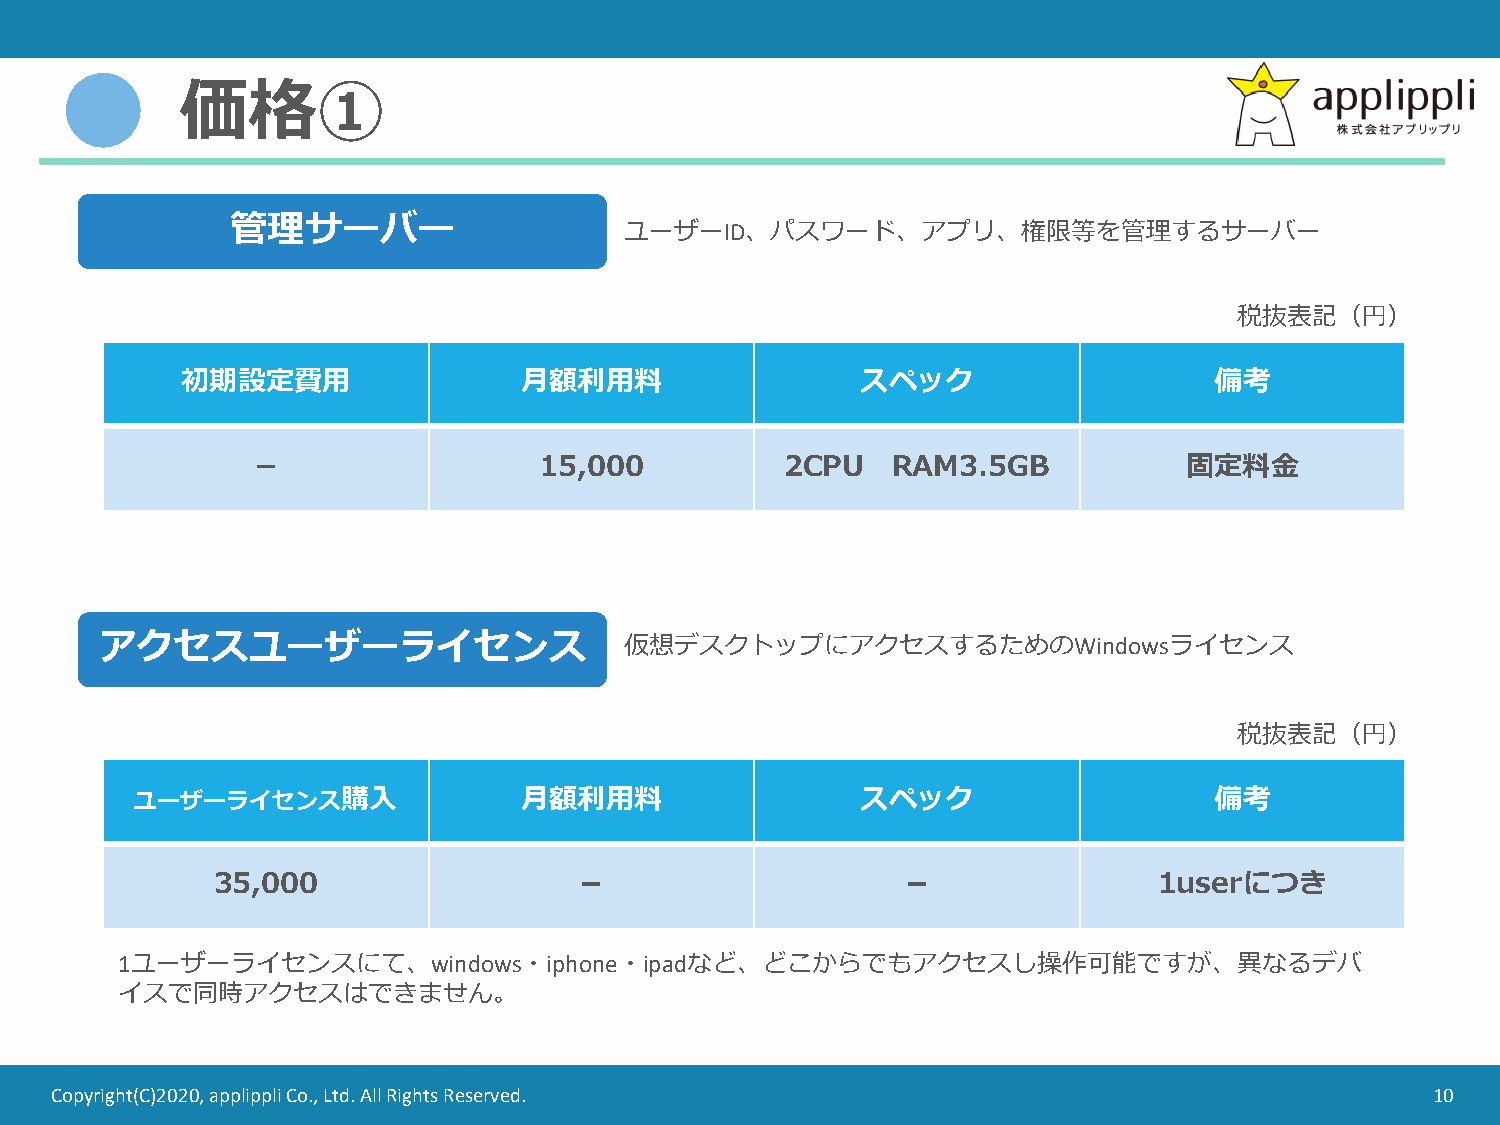
価格①
 管理サーバー
 ユーザーID、パスワード、アプリ、権限等を管理するサーバー
 税抜表記（円）
 初期設定費用                月額利用料                  スペック                   備考
 －                  15,000          2CPU   RAM3.5GB            固定料金
 アクセスユーザーライセンス                     仮想デスクトップにアクセスするためのWindowsライセンス
 税抜表記（円）
 ユーザーライセンス購入              月額利用料                  スペック                   備考
 35,000                  －                     －                1userにつき
 1ユーザーライセンスにて、windows・iphone・ipadなど、どこからでもアクセスし操作可能ですが、異なるデバ
 イスで同時アクセスはできません。
 Copyright(C)2020, applippli Co., Ltd. All Rights Reserved.                                  10